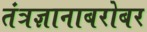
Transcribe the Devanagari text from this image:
तंत्रज्ञानाबरोबर